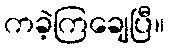
ကခဲ့ကြချေပြီ။